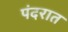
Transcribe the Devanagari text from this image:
पंदरात